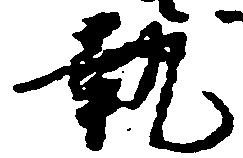
執